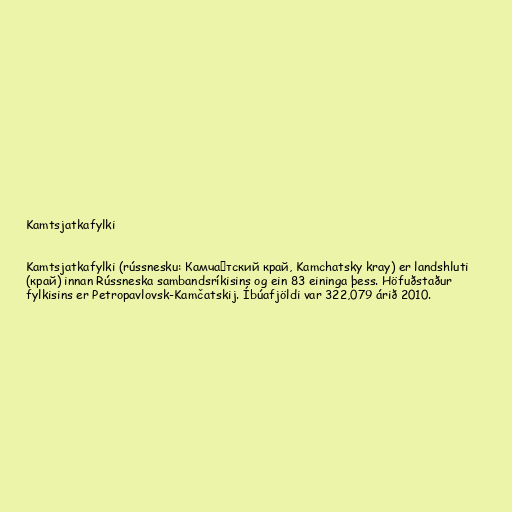
Kamtsjatkafylki

Kamtsjatkafylki (rússnesku: Камча́тский край, Kamchatsky kray) er landshluti
(край) innan Rússneska sambandsríkisins og ein 83 eininga þess. Höfuðstaður
fylkisins er Petropavlovsk-Kamčatskij. Íbúafjöldi var 322,079 árið 2010.